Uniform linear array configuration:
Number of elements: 4
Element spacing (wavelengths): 0.25
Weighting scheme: exponential
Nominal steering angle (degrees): -15
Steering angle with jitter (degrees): -15.042
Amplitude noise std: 0.05
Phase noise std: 0.05

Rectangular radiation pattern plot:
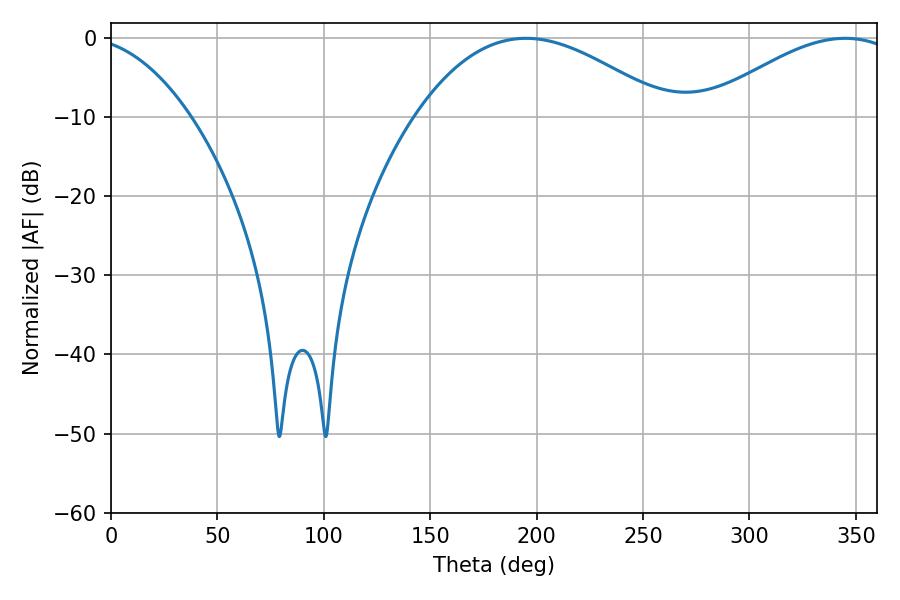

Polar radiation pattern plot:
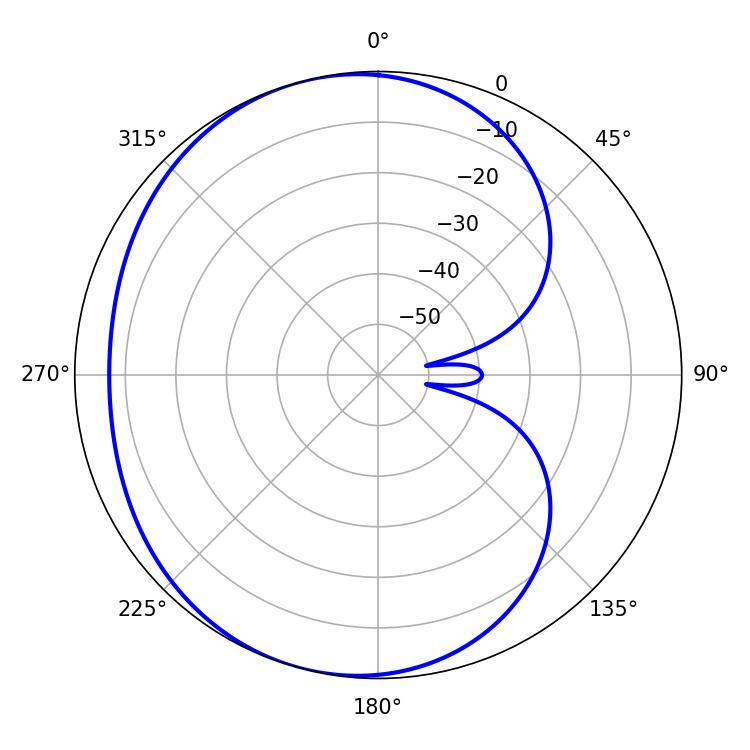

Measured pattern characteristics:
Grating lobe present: FALSE
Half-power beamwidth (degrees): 65.34
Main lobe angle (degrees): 194.94